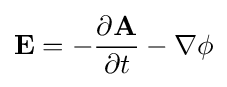
\mathbf {E} =-{\frac {\partial \mathbf {A} }{\partial t}}-\nabla \phi